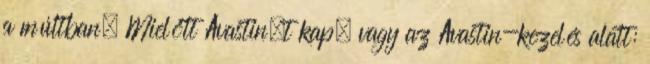
a múltban. Mielőtt Avastin–t kap, vagy az Avastin-kezelés alatt: